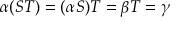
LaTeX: \alpha ( S T ) = ( \alpha S ) T = \beta T = \gamma